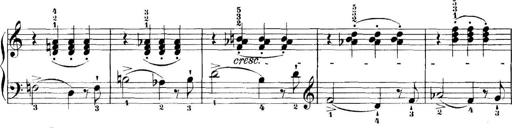
Title: 11 Sonatinas
Composer: Anton Diabelli